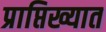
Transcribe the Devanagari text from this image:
प्राप्तिख्यात